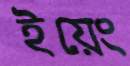
ইয়েং